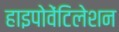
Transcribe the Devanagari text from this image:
हाइपोवेंटिलेशन